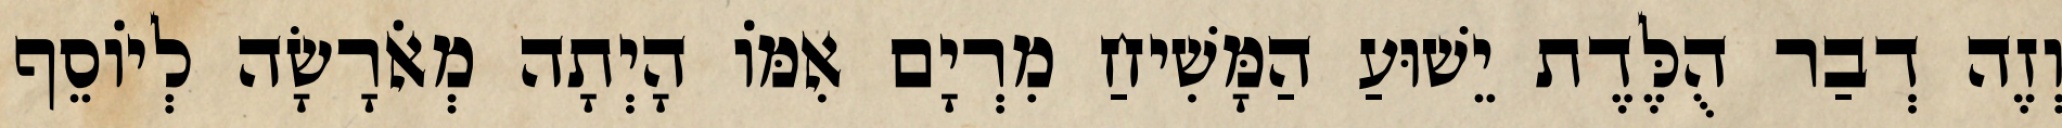
וְזֶה דְבַר הֻלֶּדֶת יֵשׁוּעַ הַמָּשִׁיחַ מִרְיָם אִמּוֹ הָיְתָה מְאֹרָשָׂה לְיוֹסֵף